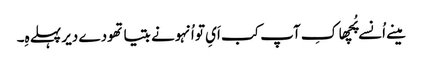
مینے اُنسے پُچھا کِ آپ کب اَیِ تو اُنہونے بتیا تھودے دیر پہلے ہِ۔